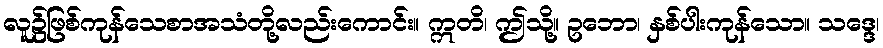
လူ၌ဖြစ်ကုန်သေစာအသံတို့လည်းကောင်း။ ဣတိ၊ ဤသို့။ ဥဘော၊ နှစ်ပါးကုန်သော။ သဒ္ဒေ၊